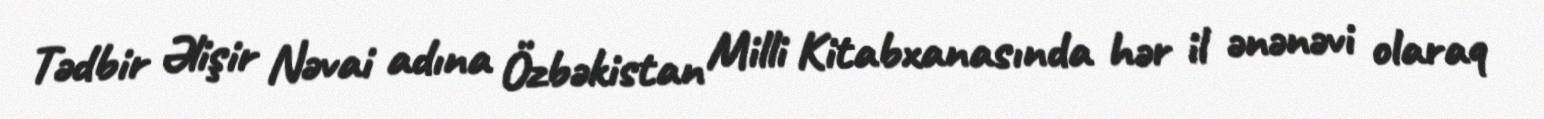
Tədbir Əlişir Nəvai adına Özbəkistan Milli Kitabxanasında hər il ənənəvi olaraq